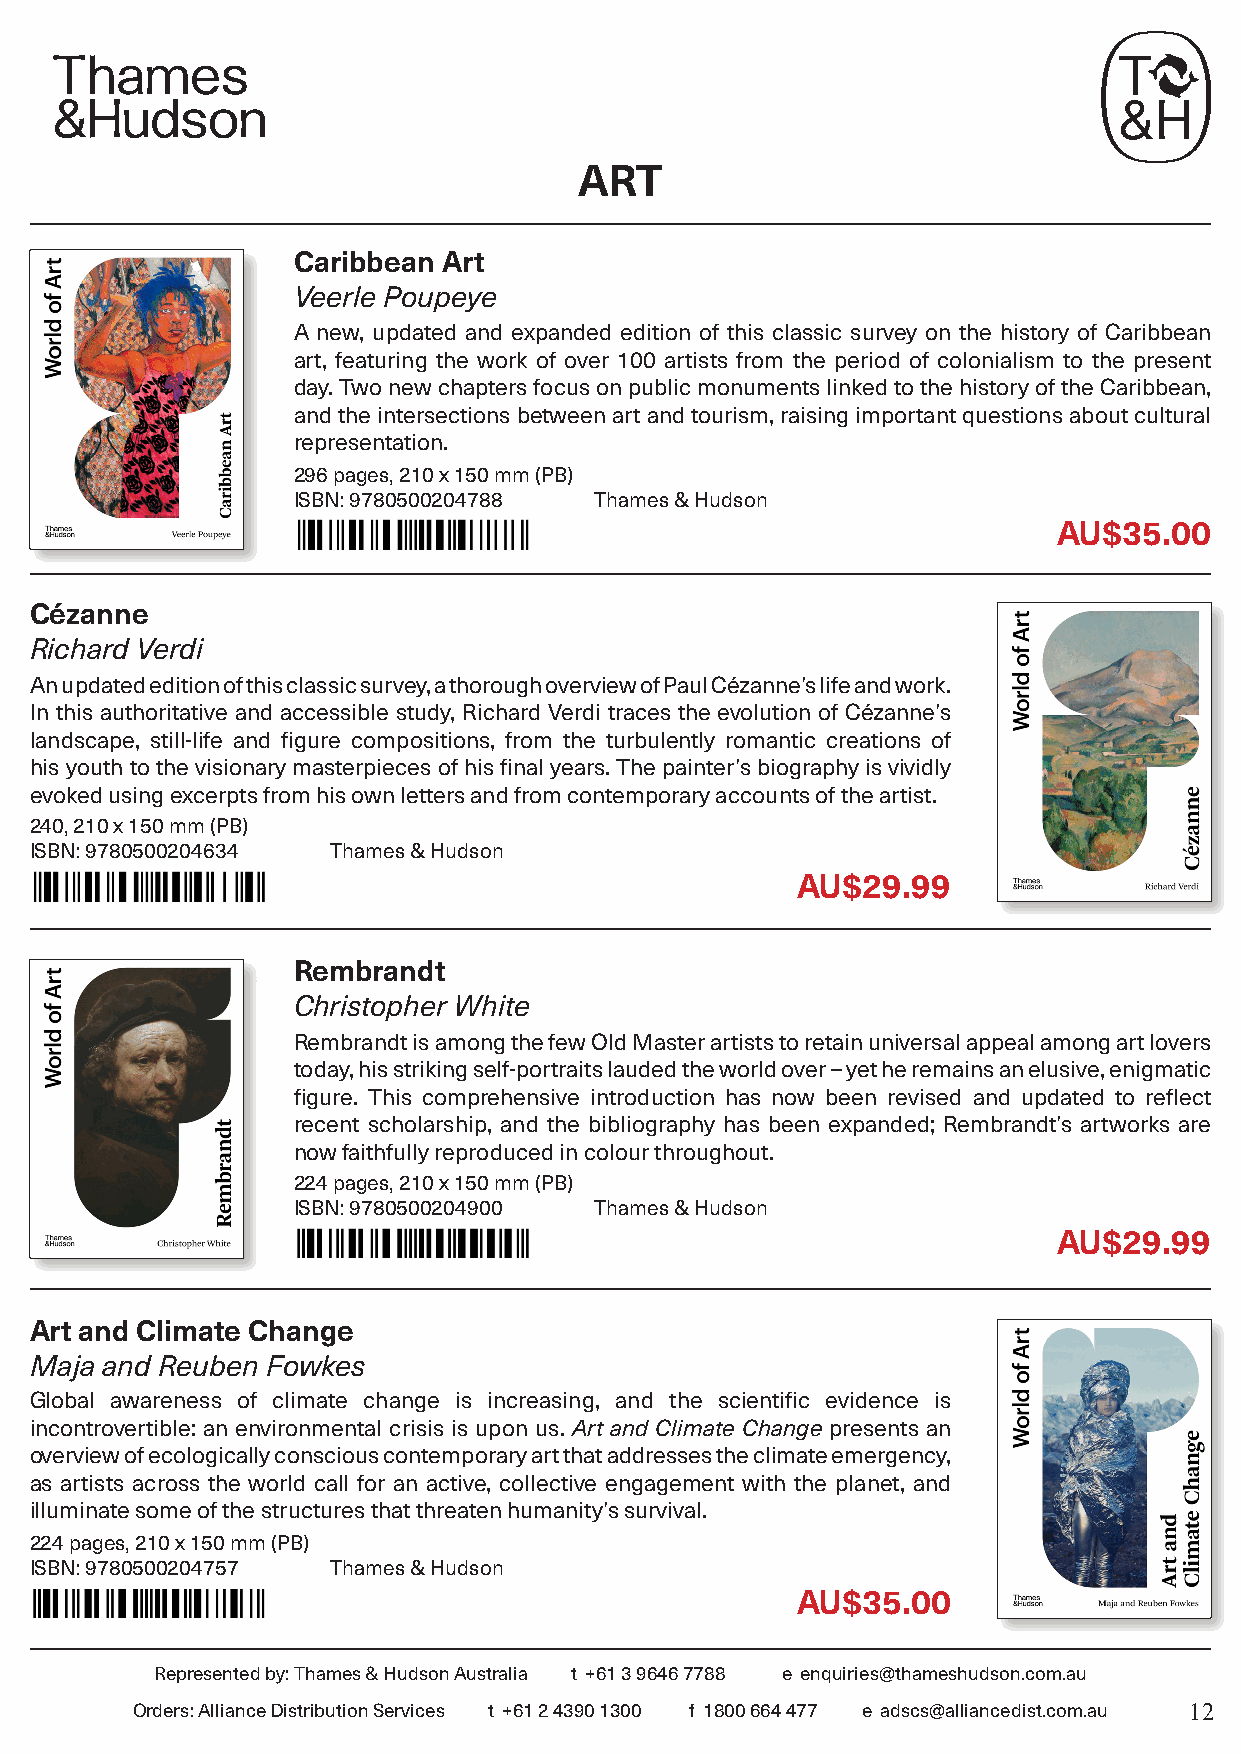
ART
 Caribbean Art
 Veerle Poupeye
 A new, updated and expanded edition of this classic survey on the history of Caribbean
 art, featuring the work of over 100 artists from the period of colonialism to the present
 day. Two new chapters focus on public monuments linked to the history of the Caribbean,
 and the intersections between art and tourism, raising important questions about cultural
 representation.
 296 pages, 210 x 150 mm (PB)
 ISBN: 9780500204788 Thames & Hudson
 AU$35.00
 Cézanne
 Richard Verdi
 An updated edition of this classic survey, a thorough overview of Paul Cézanne’s life and work.
 In this authoritative and accessible study, Richard Verdi traces the evolution of Cézanne’s
 landscape, still-life and figure compositions, from the turbulently romantic creations of
 his youth to the visionary masterpieces of his final years. The painter’s biography is vividly
 evoked using excerpts from his own letters and from contemporary accounts of the artist.
 240, 210 x 150 mm (PB)
 ISBN: 9780500204634 Thames & Hudson
 AU$29.99
 Rembrandt
 Christopher White
 Rembrandt is among the few Old Master artists to retain universal appeal among art lovers
 today, his striking self-portraits lauded the world over – yet he remains an elusive, enigmatic
 figure. This comprehensive introduction has now been revised and updated to reflect
 recent scholarship, and the bibliography has been expanded; Rembrandt’s artworks are
 now faithfully reproduced in colour throughout.
 224 pages, 210 x 150 mm (PB)
 ISBN: 9780500204900 Thames & Hudson
 AU$29.99
 Art and Climate Change
 Maja and Reuben Fowkes
 Global awareness of climate change is increasing, and the scientific evidence is
 incontrovertible: an environmental crisis is upon us. Art and Climate Change presents an
 overview of ecologically conscious contemporary art that addresses the climate emergency,
 as artists across the world call for an active, collective engagement with the planet, and
 illuminate some of the structures that threaten humanity’s survival.
 224 pages, 210 x 150 mm (PB)
 ISBN: 9780500204757 Thames & Hudson
 AU$35.00
 Represented by: Thames & Hudson Australia t +61 3 9646 7788 e enquiries@thameshudson.com.au
 Orders: Alliance Distribution Services t +61 2 4390 1300 f 1800 664 477 e adscs@alliancedist.com.au 12